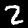
Digit: 2